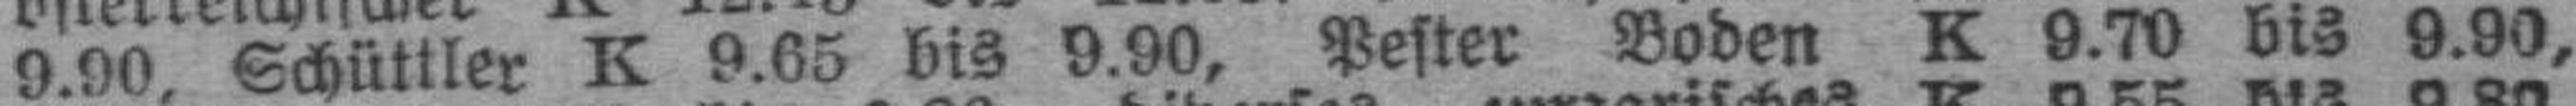
9.90, Schüttler K 9.65 bis 9.90, Pester Boden K 9.70 bis 9.90,